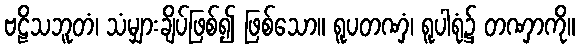
ဗဠိသဘူတံ၊ သံမျှားချိပ်ဖြစ်၍ ဖြစ်သော။ ရူပတဏှံ၊ ရူပါရုံ၌ တဏှာကို။